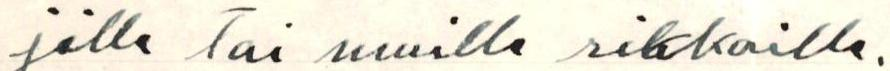
jälle tai muille rikkaille.